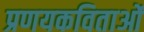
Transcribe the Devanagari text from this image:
प्रणयकविताओं